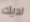
لديك